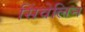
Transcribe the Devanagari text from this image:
सिंवेलिन